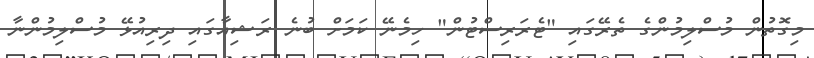
މިގޮތުން މުސްލިމުންގެ ތެރޭގައި "ޓެރަރިސްޓުން" ހިމެނޭ ކަމަށް ބުނެ ރަޝިއާގައި ދިރިއުޅޭ މުސްލިމުންނާ